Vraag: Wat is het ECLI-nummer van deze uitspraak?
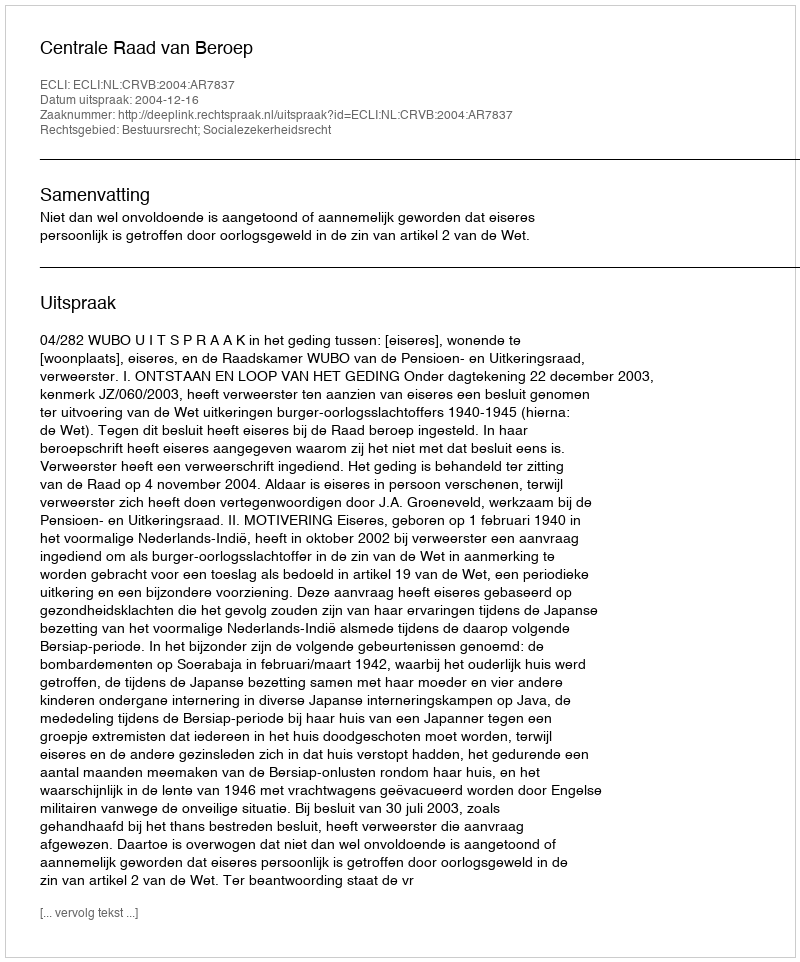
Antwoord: ECLI:NL:CRVB:2004:AR7837